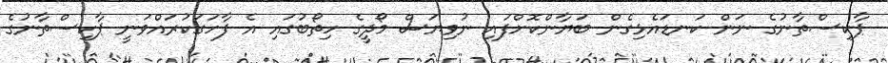
ޕާކިސްތާނުގެ ނަން ކަނޑައެޅިގެން ބަޔާންކޮށްފައި ނުވިޔަސް މޯދީގެ ހިތޯބުގައި އެ ފާހަގަކުރައްވަނީ ޕާކިސްތާނުގެ